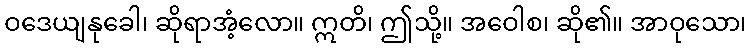
ဝဒေယျနုခေါ၊ ဆိုရာအံ့လော။ ဣတိ၊ ဤသို့။ အဝေါစ၊ ဆို၏။ အာဝုသော၊